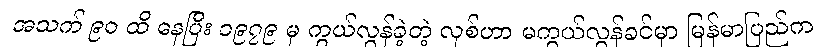
အသက် ၉၀ ထိ နေပြီး ၁၉၇၉ မှ ကွယ်လွန်ခဲ့တဲ့ လုစ်ဟာ မကွယ်လွန်ခင်မှာ မြန်မာပြည်က